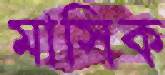
মাসিক